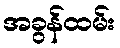
အခွန်ထမ်း